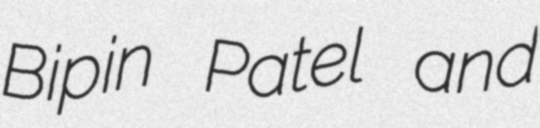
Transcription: Bipin Patel and